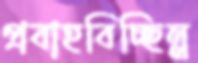
প্রবাহবিচ্ছিন্ন